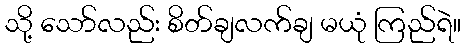
သို့ သော်လည်း စိတ်ချလက်ချ မယုံ ကြည်ရဲ။